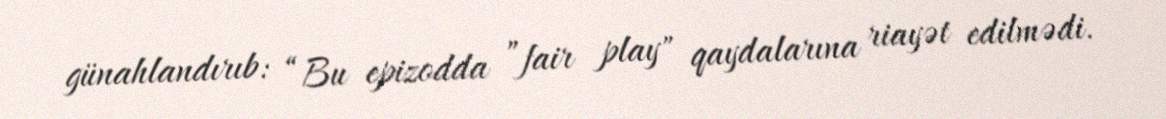
günahlandırıb: “Bu epizodda ”fair play" qaydalarına riayət edilmədi.